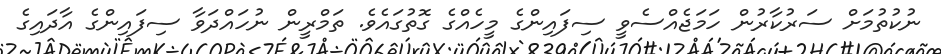
ނުކުތުމަށް ސަރުކާރުން ހަމަޖެއްސެވީ ސިފައިންގެ މީހެއްގެ ގޮތުގައެވެ. ތަމްރީން ނުހައްދަވާ ސިފައިންގެ އާދައިގެ